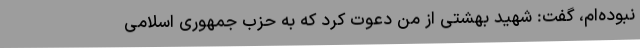
نبوده‌ام، گفت: شهید بهشتی از من دعوت کرد که به حزب جمهوری اسلامی